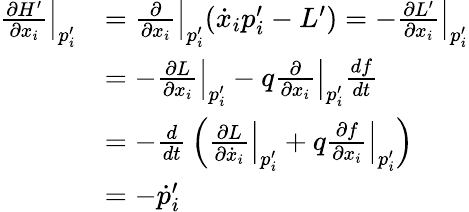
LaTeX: {\begin{array}{rl}{\left.{\frac{\partial H^{\prime}}{\partial{x_{i}}}}\right|_{p_{i}^{\prime}}}&{=\left.{\frac{\partial}{\partial{x_{i}}}}\right|_{p_{i}^{\prime}}({\dot{x}}_{i}p_{i}^{\prime}-L^{\prime})=-\left.{\frac{\partial L^{\prime}}{\partial{x_{i}}}}\right|_{p_{i}^{\prime}}}\\ &{=-\left.{\frac{\partial L}{\partial{x_{i}}}}\right|_{p_{i}^{\prime}}-q\left.{\frac{\partial}{\partial{x_{i}}}}\right|_{p_{i}^{\prime}}{\frac{df}{dt}}}\\ &{=-{\frac{d}{dt}}\left(\left.{\frac{\partial L}{\partial{{\dot{x}}_{i}}}}\right|_{p_{i}^{\prime}}+q\left.{\frac{\partial f}{\partial{x_{i}}}}\right|_{p_{i}^{\prime}}\right)}\\ &{=-{\dot{p}}_{i}^{\prime}}\end{array}}